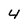
Character: 4